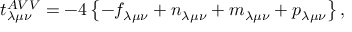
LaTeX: t _ { \lambda \mu \nu } ^ { A V V } = - 4 \left\{ - f _ { \lambda \mu \nu } + n _ { \lambda \mu \nu } + m _ { \lambda \mu \nu } + p _ { \lambda \mu \nu } \right\} ,